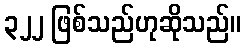
၃၂၂ ဖြစ်သည်ဟုဆိုသည်။